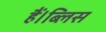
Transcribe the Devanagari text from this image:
हैं।ब्लिस